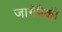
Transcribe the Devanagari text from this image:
जागेपैकी